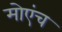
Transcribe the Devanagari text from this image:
मोएंच